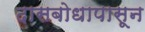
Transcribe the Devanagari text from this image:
दासबोधापासून